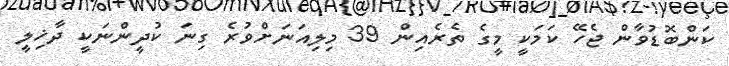
ކަންބޮޑުވާން ޖެހޭ ކަމަކީ މީގެ ތެރެއިން 39 މިލިއަނަށްވުރެ ގިނަ ކުދީންނަކީ ދާޚިލީ